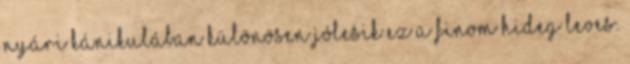
nyári kánikulában különösen jólesik ez a finom hideg leves.